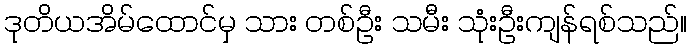
ဒုတိယအိမ်ထောင်မှ သား တစ်ဦး သမီး သုံးဦးကျန်ရစ်သည်။